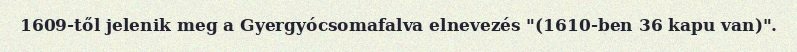
1609-től jelenik meg a Gyergyócsomafalva elnevezés "(1610-ben 36 kapu van)".